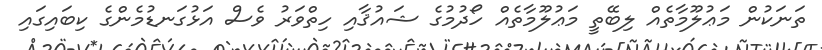
ތަނަކުން މަޢުލޫމާތެއް ލިބޭތީ މަޢުލޫމާތެއް ހޯދުމުގެ ޝައުޤާއި ހިތްވަރު ވެސް އަޅުގަނޑުމެންގެ ކިބައިގައި